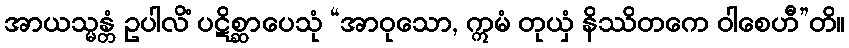
အာယသ္မန္တံ ဥပါလိံ ပဋိစ္ဆာပေသုံ “အာဝုသော, ဣမံ တုယှံ နိဿိတကေ ဝါစေဟီ”တိ။